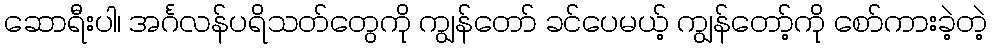
ဆောရီးပါ၊ အင်္ဂလန်ပရိသတ်တွေကို ကျွန်တော် ခင်ပေမယ့် ကျွန်တော့်ကို စော်ကားခဲ့တဲ့